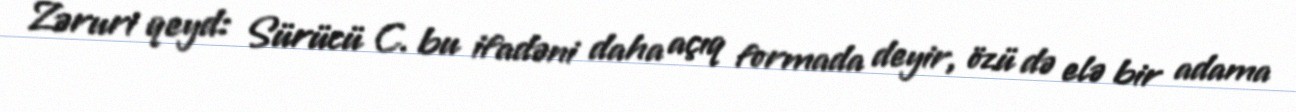
Zəruri qeyd: Sürücü C. bu ifadəni daha açıq formada deyir, özü də elə bir adama